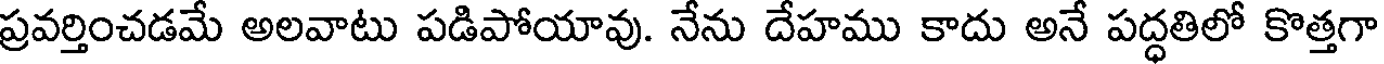
ప్రవర్తించడమే అలవాటు పడిపోయావు. నేను దేహము కాదు అనే పద్ధతిలో కొత్తగా